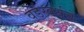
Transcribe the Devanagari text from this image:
वर्डस्वर्थचे